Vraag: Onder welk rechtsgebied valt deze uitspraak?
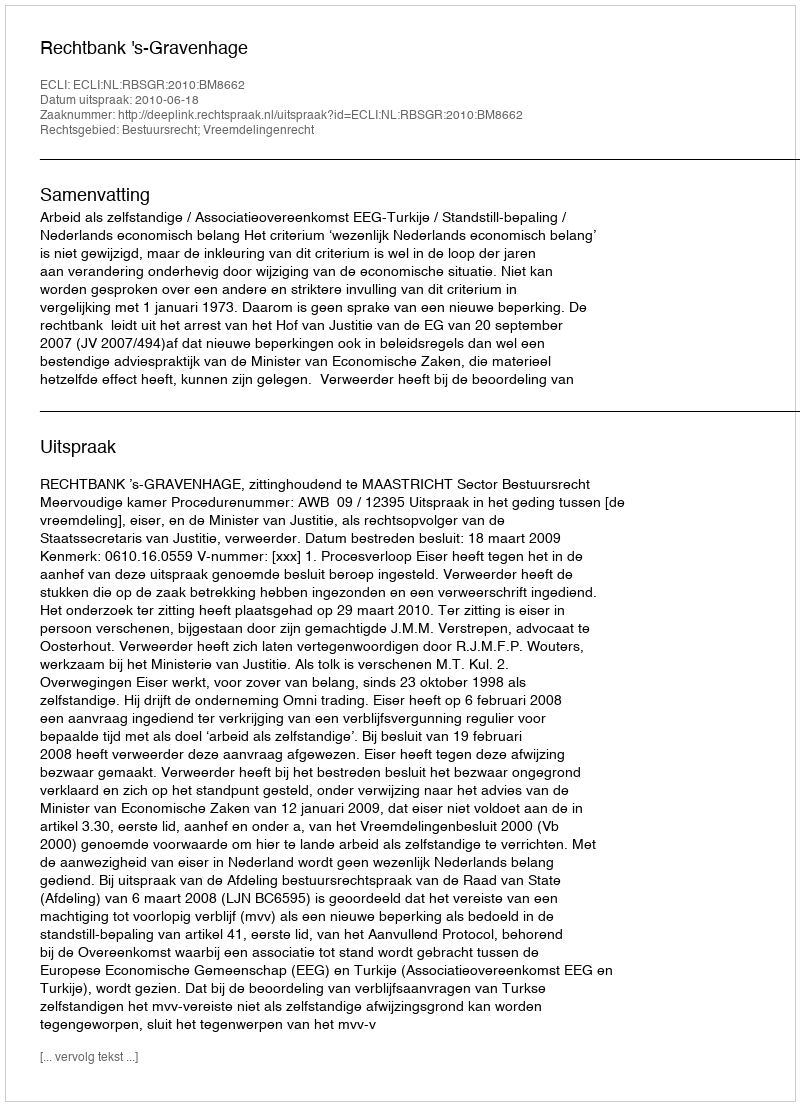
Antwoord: Bestuursrecht; Vreemdelingenrecht